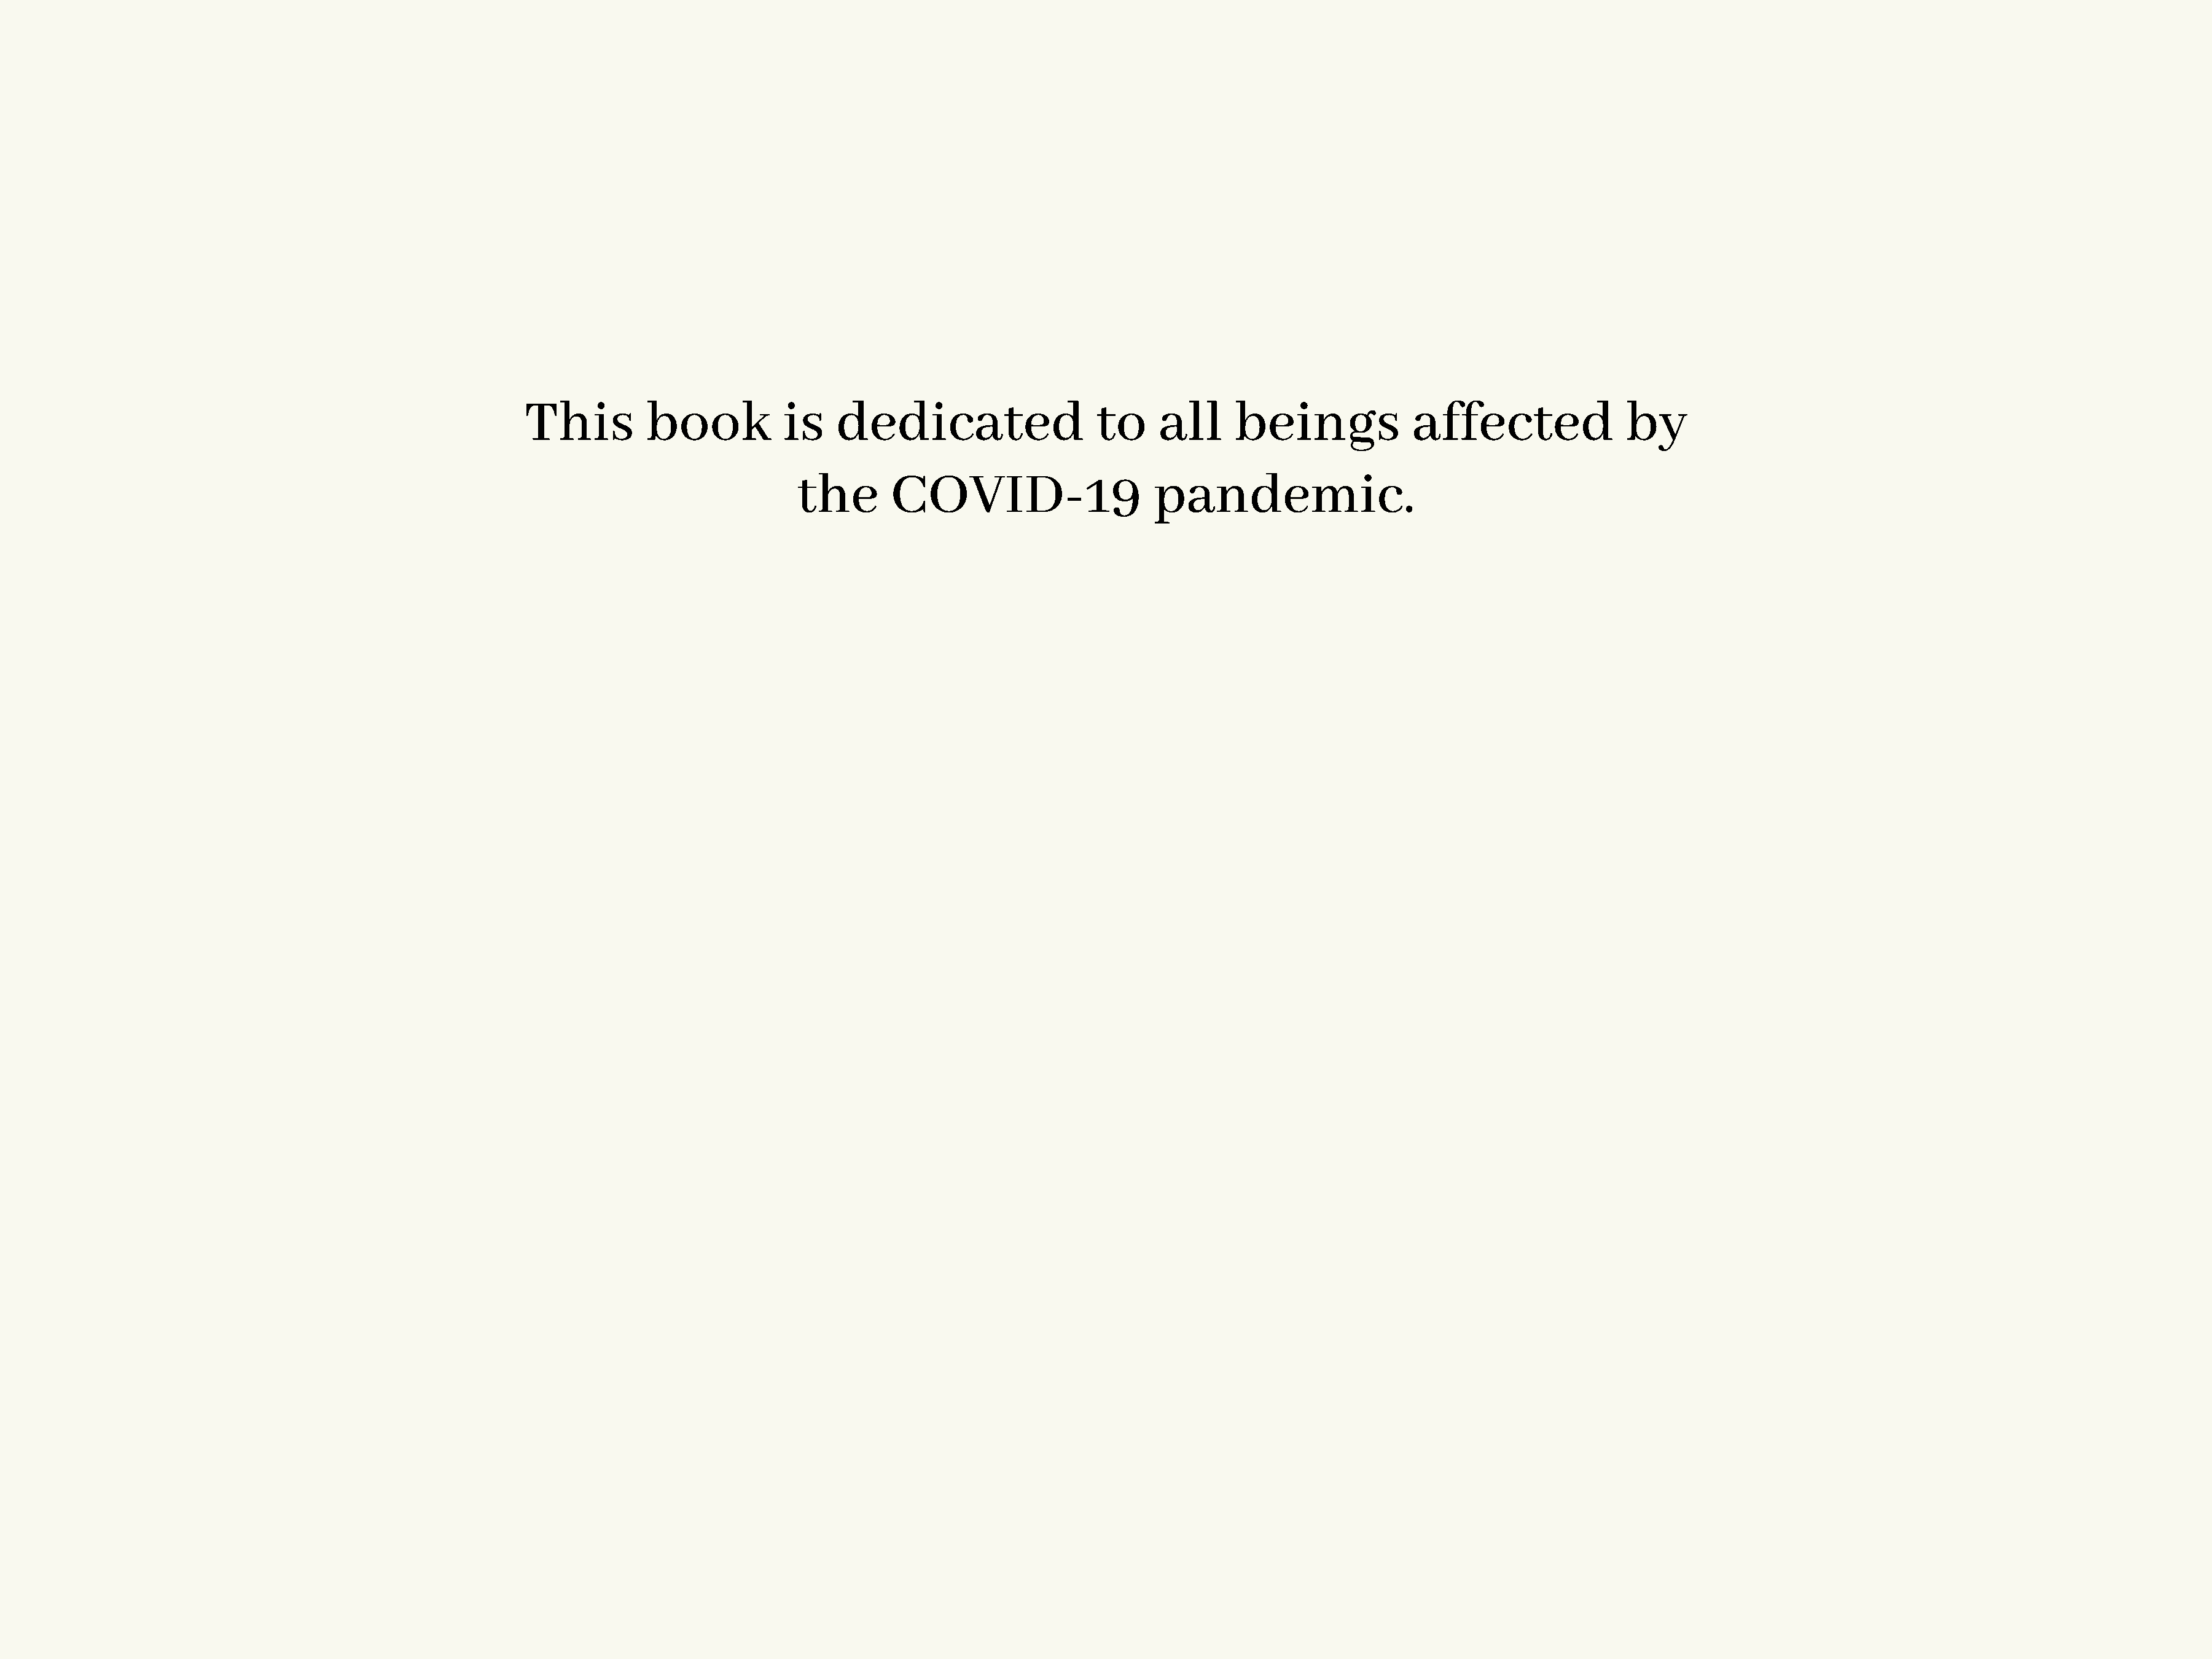
This          book          is    dedicated                   to     all     beings             affected               by
 the       COVID-19                    pandemic.